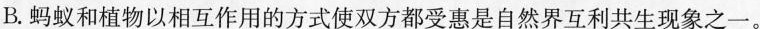
B.蚂蚁和植物以相互作用的方式使双方都受惠是自然界互利共生现象之一。